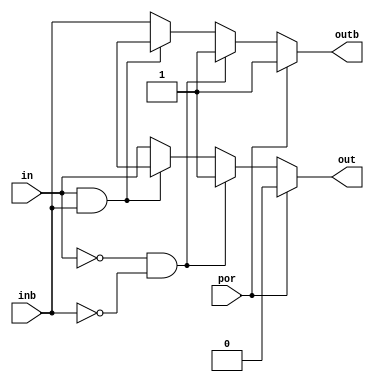
// This program was cloned from: https://github.com/intel/aib-phy-hardware
// License: Apache License 2.0

// SPDX-License-Identifier: Apache-2.0
// Copyright (C) 2019 Intel Corporation. All rights reserved
// Library - aibcr_lib, Cell - aibcr3_lvshift_diff, View - schematic

module aibcr3_lvshift_diff ( out, outb, in, inb, por
     );

output  out, outb;


input  in, inb, por;
reg out, outb;
wire NET58 , in_shift , in_shiftb , inb , in_sw , NET59 ;
//no vcc_input, vcc_output and vss tracking as of now.
always @ (in, por, inb)
begin
	if (por == 1'b1)
	begin
		out = 1'b0;
		outb = 1'b1;
	end
	else if (por == 1'b0)
	begin
	     if ( in==1'b0 && inb==1'b0)
		begin
			out = 1'b1;
			outb = 1'b1;
		end
	     else if ( in==1'b1 && inb==1'b1)
		begin
			out = 1'bx;
			outb = 1'bx;
		end	
	     else
		begin	
			out = in;
			outb = inb;	
		end
	end
	else
	begin
		out = 1'bx;
		outb = 1'bx;
	end	
end
endmodule